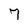
Character: 7